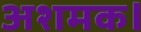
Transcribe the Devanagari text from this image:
अशमक।